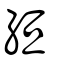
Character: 絙